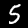
Digit: 5